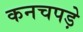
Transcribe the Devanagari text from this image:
कनचपड़े